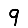
Digit: 9